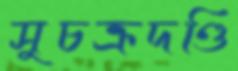
সুচক্রদণ্ডি